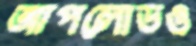
আপলোডও